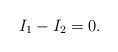
\begin{align*}I_1-I_2=0.\end{align*}